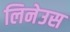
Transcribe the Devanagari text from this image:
लिनेउस